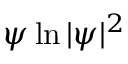
\psi \ln | \psi | ^ { 2 }